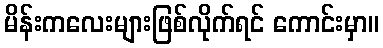
မိန်းကလေးများဖြစ်လိုက်ရင် ကောင်းမှာ။